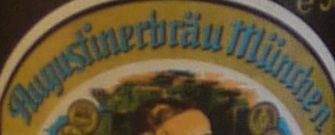
Huyustinerbrau Miinchen